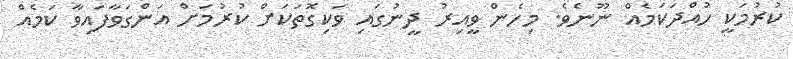
ކުރުމަކީ ހުއްދަކަމެއް ނޫނެވެ. މިހެން ވީއިރު ދީނުގައި ވަކިގޮތަކަށް ކުރުމަށް އަންގަވާފައިވާ ކަމެއް